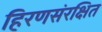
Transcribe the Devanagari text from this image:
हिरणसंरक्षित